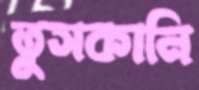
তুসকানি